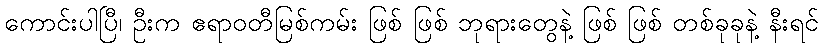
ကောင်းပါပြီ၊ ဦးက ဧရာဝတီမြစ်ကမ်း ဖြစ် ဖြစ် ဘုရားတွေနဲ့ ဖြစ် ဖြစ် တစ်ခုခုနဲ့ နီးရင်